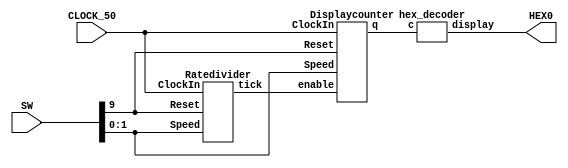
module part2(SW, HEX0, CLOCK_50);
	input CLOCK_50;
	input [9:0] SW;
	output [6:0] HEX0;

	wire [1:0] Speed;
	wire Reset;
	wire [27:0] w1;
	wire [3:0] Q;
	
	assign Reset = SW[9];
	assign Speed = SW[1:0];

	Ratedivider r1(CLOCK_50, Reset, Speed ,w1);
	Displaycounter d1(CLOCK_50, Reset, Speed, w1, Q);
	hex_decoder h1(Q, HEX0);
endmodule

module Displaycounter(ClockIn, Reset, Speed, enable, q);
	input ClockIn, Reset;
	input [1:0] Speed;
	output reg [3:0] q;
	input [27:0] enable;

	always@(posedge ClockIn)
	begin
		if(Reset == 1'b1)
			q <= 0;
		else if (enable == 27'b0)
		begin
			if (q == 4'b1111)
				q<= 0;
			else 
				q<= q+1;
		end
		end
	endmodule

module Ratedivider(ClockIn, Reset, Speed, tick);
input ClockIn, Reset;
input [1:0] Speed;
output reg [27:0] tick;
reg [27:0] q;

always@(*)
case(Speed[1:0])
2'b00: q = 27'b0;
2'b01: q = 49999999; 
2'b10: q = 99999999; 
2'b11: q = 199999999; 
default: q = 27'b0;
endcase

always@(posedge ClockIn) 
begin
if (Reset == 1'b1)
tick <= 27'b0;
else if (tick == 27'b0)
tick <= q;
else 
tick <= tick - 1;
end
endmodule


module hex_decoder (c, display);
input [3:0] c;
output [6:0] display;

assign display[0] = !((c[3]|c[2]|c[1]|!c[0]) & (c[3]|!c[2]|c[1]|c[0]) &
(!c[3]|c[2]|!c[1]|!c[0]) & (!c[3]|!c[2]|c[1]|!c[0]));

assign display[1] = !((c[3]|!c[2]|c[1]|!c[0]) & (c[3]|!c[2]|!c[1]|c[0]) &
(!c[3]|c[2]|!c[1]|!c[0]) & (!c[3]|!c[2]|c[1]|c[0]) &
(!c[3]|!c[2]|!c[1]|c[0]) & (!c[3]|!c[2]|!c[1]|!c[0]));

assign display[2] = !((c[3]|c[2]|!c[1]|c[0]) & (!c[3]|!c[2]|c[1]|c[0]) &
(!c[3]|!c[2]|!c[1]|c[0]) & (!c[3]|!c[2]|!c[1]|!c[0]));

assign display[3] = !((c[3]|c[2]|c[1]|!c[0]) & (c[3]|!c[2]|c[1]|c[0]) &
(c[3]|!c[2]|!c[1]|!c[0]) & (!c[3]|c[2]|c[1]|!c[0]) &
(!c[3]|c[2]|!c[1]|c[0]) & (!c[3]|!c[2]|!c[1]|!c[0]));

assign display[4] = !((c[3]|c[2]|c[1]|!c[0]) & (c[3]|c[2]|!c[1]|!c[0]) &
(c[3]|!c[2]|c[1]|c[0]) & (c[3]|!c[2]|c[1]|c[0]) &
(c[3]|!c[2]|c[1]|!c[0]) & (c[3]|!c[2]|!c[1]|!c[0]) &
(!c[3]|c[2]|c[1]|!c[0]));

assign display[5] = !((c[3]|c[2]|c[1]|!c[0]) & (c[3]|c[2]|!c[1]|c[0]) &
(c[3]|c[2]|!c[1]|!c[0]) & (c[3]|!c[2]|!c[1]|!c[0]) &
(!c[3]|!c[2]|c[1]|!c[0]));

assign display[6] = !((c[3]|c[2]|c[1]|c[0]) & (c[3]|c[2]|c[1]|!c[0]) &
(c[3]|!c[2]|!c[1]|!c[0]) & (!c[3]|!c[2]|c[1]|c[0]));


endmodule